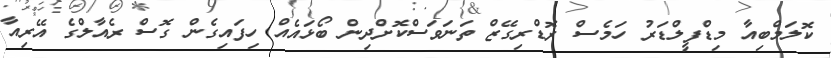
ކޮލަމްބިއާ މިޑްފީލްޑަރު ހަމެސް ރޮޑްރިގޭޒް ތަނަވަސްކޮށްދިން ބޯޅައެއް ހިފައިގެން ގޮސް ރެއާލްގެ އޭރިއާ